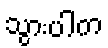
သွားပါက